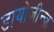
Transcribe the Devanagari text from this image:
डायोजीन्ज़